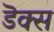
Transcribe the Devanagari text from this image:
डॆक्स